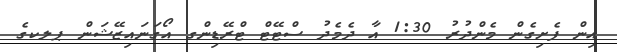
އިން ފެށިގެން މެންދުރު 1:30 އާ ދެމެދު ސްޓޭޓް ޓްރޭޑިންގ އޯގަނައިޒޭޝަން ޕލކގެ